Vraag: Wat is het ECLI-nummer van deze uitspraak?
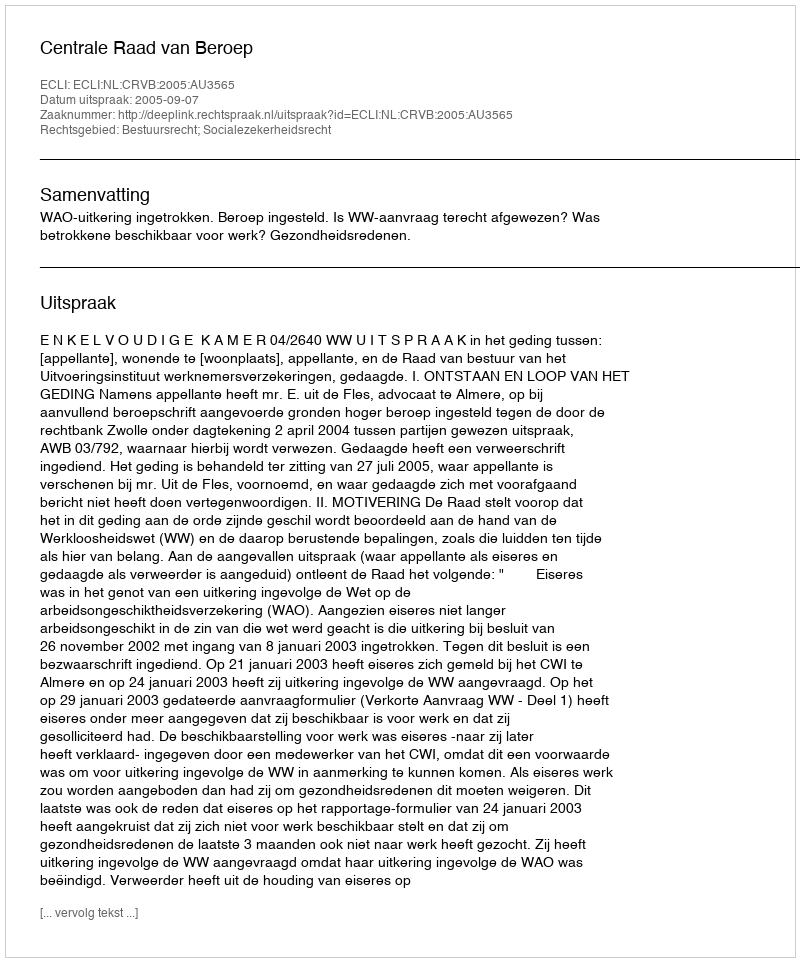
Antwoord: ECLI:NL:CRVB:2005:AU3565